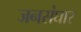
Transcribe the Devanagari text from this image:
जनसंघार